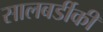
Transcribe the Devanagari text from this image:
सालबर्डीकी